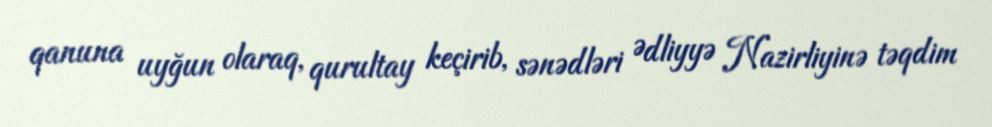
qanuna uyğun olaraq, qurultay keçirib, sənədləri Ədliyyə Nazirliyinə təqdim